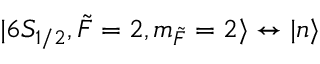
\lvert 6 S _ { 1 / 2 } , \Tilde { F } = 2 , m _ { \Tilde { F } } = 2 \rangle \leftrightarrow \lvert n \rangle